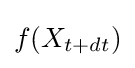
f(X_{t+dt})